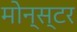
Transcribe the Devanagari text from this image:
मोन्स्टर